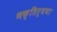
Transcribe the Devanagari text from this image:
भक्तिर्यथा